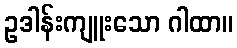
ဥဒါန်းကျူးသော ဂါထာ။